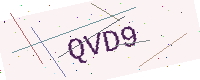
Text: QVD9